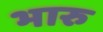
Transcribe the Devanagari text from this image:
भारु